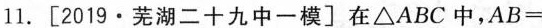
11. [2019▪芜湖二十九中一模〕在\Delta ABC中，AB＝